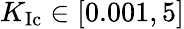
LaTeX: K_{\mathrm{Ic}}\in[0.001,5]